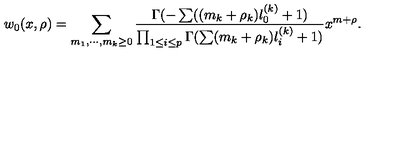
w _ { 0 } ( x , \rho ) = \sum _ { m _ { 1 } , \cdots , m _ { k } \geq 0 } { \frac { \Gamma ( - \sum ( ( m _ { k } + \rho _ { k } ) l _ { 0 } ^ { ( k ) } + 1 ) } { \prod _ { 1 \leq i \leq p } \Gamma ( \sum ( m _ { k } + \rho _ { k } ) l _ { i } ^ { ( k ) } + 1 ) } } x ^ { m + \rho } .